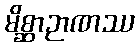
မိစ္ဆာဉာဏဿ